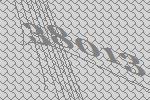
38013